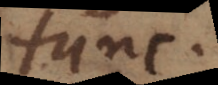
tunc.